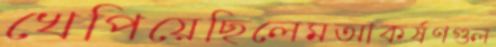
খেপিয়েছিলেমআকর্ষণগুল